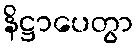
နိဋ္ဌာပေတွာ